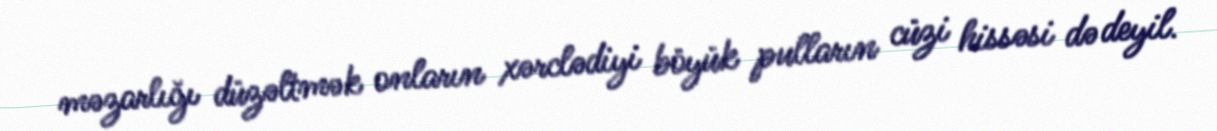
məzarlığı düzəltmək onların xərclədiyi böyük pulların cüzi hissəsi də deyil.